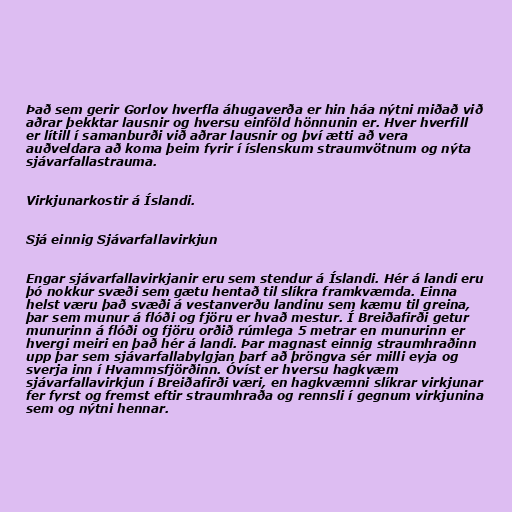
Það sem gerir Gorlov hverfla áhugaverða er hin háa nýtni miðað við
aðrar þekktar lausnir og hversu einföld hönnunin er. Hver hverfill
er lítill í samanburði við aðrar lausnir og því ætti að vera
auðveldara að koma þeim fyrir í íslenskum straumvötnum og nýta
sjávarfallastrauma.

Virkjunarkostir á Íslandi.

Sjá einnig Sjávarfallavirkjun

Engar sjávarfallavirkjanir eru sem stendur á Íslandi. Hér á landi eru
þó nokkur svæði sem gætu hentað til slíkra framkvæmda. Einna
helst væru það svæði á vestanverðu landinu sem kæmu til greina,
þar sem munur á flóði og fjöru er hvað mestur. Í Breiðafirði getur
munurinn á flóði og fjöru orðið rúmlega 5 metrar en munurinn er
hvergi meiri en það hér á landi. Þar magnast einnig straumhraðinn
upp þar sem sjávarfallabylgjan þarf að þröngva sér milli eyja og
sverja inn í Hvammsfjörðinn. Óvíst er hversu hagkvæm
sjávarfallavirkjun í Breiðafirði væri, en hagkvæmni slíkrar virkjunar
fer fyrst og fremst eftir straumhraða og rennsli í gegnum virkjunina
sem og nýtni hennar.